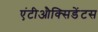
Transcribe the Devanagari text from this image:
एंटीऔक्सिडेंटस